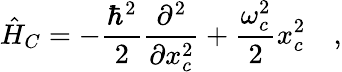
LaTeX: \hat{H}_{C}=-\frac{\hbar^{2}}{2}\frac{\partial^{2}}{\partial x_{c}^{2}}+\frac{\omega_{c}^{2}}{2}x_{c}^{2}\quad,